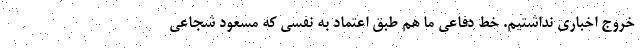
خروج اخباری نداشتیم. خط دفاعی ما هم طبق اعتماد به نفسی که مسعود شجاعی